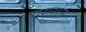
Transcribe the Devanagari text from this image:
एगरोज़